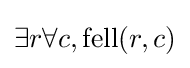
\exists r\forall c,{\mbox{fell}}(r,c)